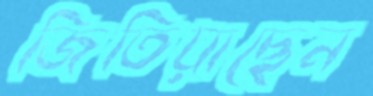
জিতিয়াছেন